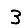
Digit: 3